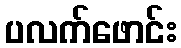
ပလက်ဖောင်း